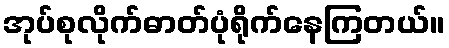
အုပ်စုလိုက်ဓာတ်ပုံရိုက်နေကြတယ်။